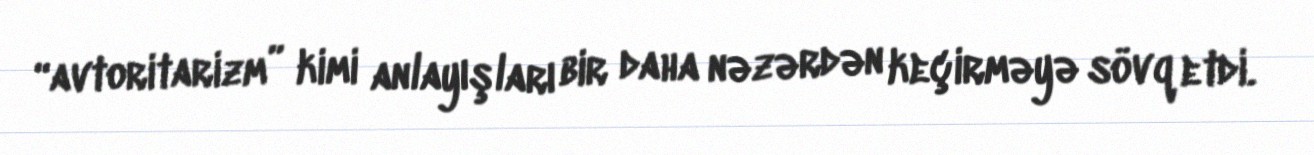
“avtoritarizm” kimi anlayışları bir daha nəzərdən keçirməyə sövq etdi.